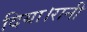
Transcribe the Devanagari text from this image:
दिया।रानी